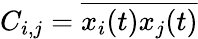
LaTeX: C_{i,j}=\overline{{x_{i}(t)x_{j}(t)}}